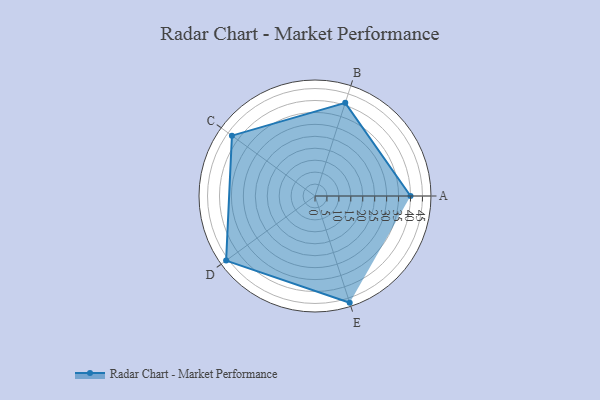
{"axis": {"x": "Skill", "y": "Score"}, "legend": ["Profile"], "data": [{"x": "A", "y": 40.0, "type": "Profile"}, {"x": "B", "y": 41.0, "type": "Profile"}, {"x": "C", "y": 43.0, "type": "Profile"}, {"x": "D", "y": 46.0, "type": "Profile"}, {"x": "E", "y": 47.0, "type": "Profile"}]}